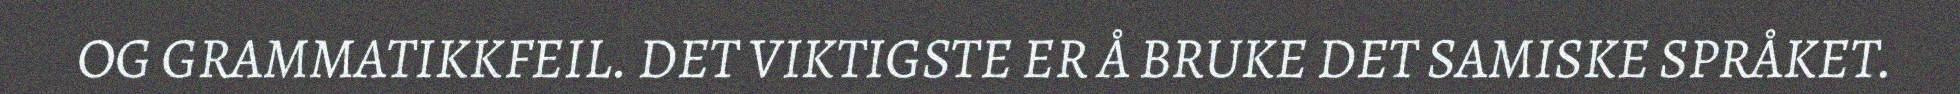
OG GRAMMATIKKFEIL. DET VIKTIGSTE ER Å BRUKE DET SAMISKE SPRÅKET.